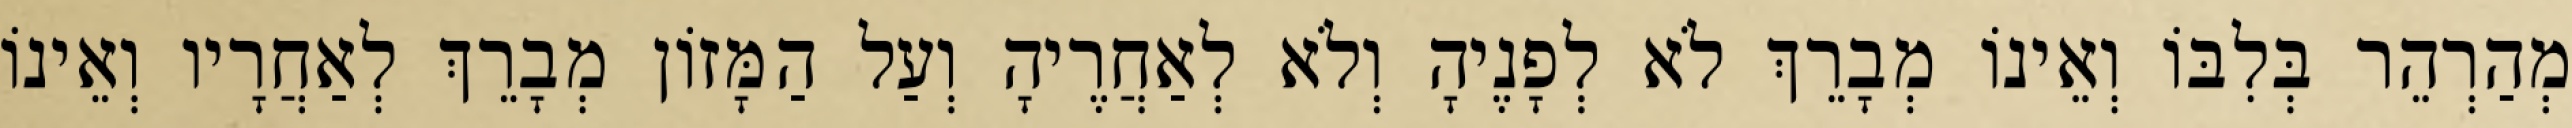
מְהַרְהֵר בְּלִבּוֹ וְאֵינוֹ מְבָרֵךְ לֹא לְפָנֶיהָ וְלֹא לְאַחֲרֶיהָ וְעַל הַמָּזוֹן מְבָרֵךְ לְאַחֲרָיו וְאֵינוֹ